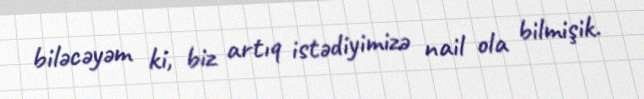
biləcəyəm ki, biz artıq istədiyimizə nail ola bilmişik.